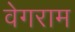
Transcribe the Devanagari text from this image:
वेगराम